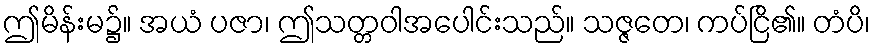
ဤမိန်းမ၌။ အယံ ပဇာ၊ ဤသတ္တဝါအပေါင်းသည်။ သဇ္ဇတေ၊ ကပ်ငြိ၏။ တံပိ၊